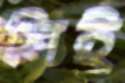
টাই